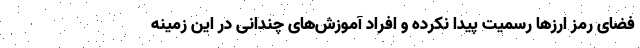
فضای رمز ارز‌ها رسمیت پیدا نکرده و افراد آموزش‌های چندانی در این زمینه